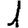
Digit: 1